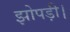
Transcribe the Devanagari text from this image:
झोपड़ी।